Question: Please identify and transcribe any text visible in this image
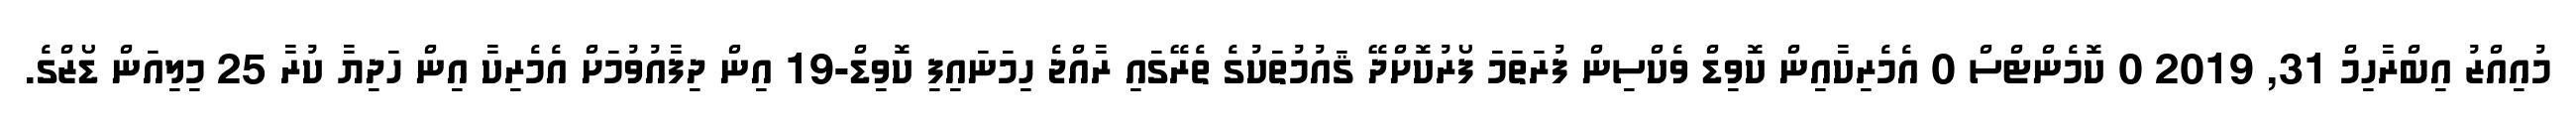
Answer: މުއިއްޒު އިބްރާހިމް 31, 2019 0 ކޮމެންޓްސް 0 އެމެރިކާއިން ކޮވިޑް ވެކްސިން ފުރަތަމަ ފޯރުކޮށްދޭ ޤައުމުތަކުގެ ތެރޭގައި ރާއްޖެ ހިމަނައިފި ކޮވިޑް-19 އިން ދިފާއުވުމަށް އެމެރިކާ އިން ހަދިޔާ ކުރާ 25 މިލިއަން ޑޯޒްގެ.